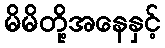
မိမိတို့အနေနှင့်